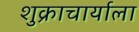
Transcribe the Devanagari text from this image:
शुक्राचार्याला